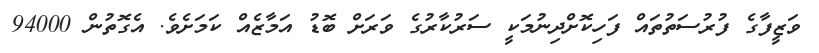
ވަޒީފާގެ ފުރުސަތުތައް ފަހިކޮށްދިނުމަކީ ސަރުކާރުގެ ވަރަށް ބޮޑު އަމާޒެއް ކަމަށެވެ. އެގޮތުން 94000